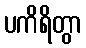
ပကိရိတွာ